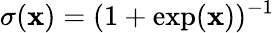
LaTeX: \sigma(\mathbf{x})=(1+\exp(\mathbf{x}))^{-1}